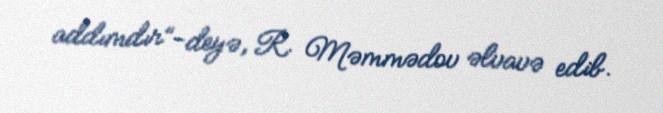
addımdır”-deyə, R. Məmmədov əlvavə edib.